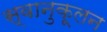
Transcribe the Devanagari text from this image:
स्वानुकूलन